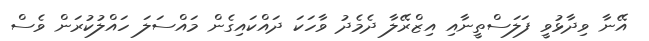
އޭނާ ވިދާޅުވީ ފަލަސްތީނާއި އިޒްރޭލާ ދެމެދު ވާހަކަ ދައްކައިގެން މައްސަލަ ހައްލުކުރަން ވެސް